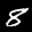
Label: 8